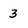
Character: 3